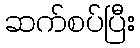
ဆက်စပ်ပြီး